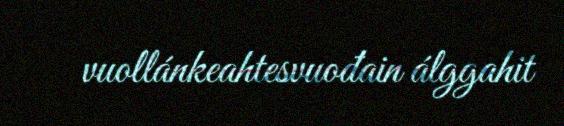
vuollánkeahtesvuođain álggahit